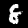
Label: 8